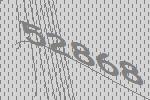
52868